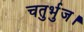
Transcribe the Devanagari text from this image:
चतुर्भुज।